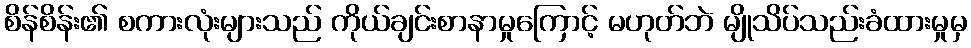
စိန်စိန်း၏ စကားလုံးများသည် ကိုယ်ချင်းစာနာမှုကြောင့် မဟုတ်ဘဲ မျိုသိပ်သည်းခံထားမှုမှ